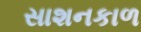
સાશનકાળ